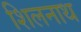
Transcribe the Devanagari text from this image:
शिलनाथ